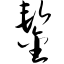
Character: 錾